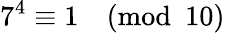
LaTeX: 7^{4}\equiv 1{\pmod{10}}